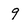
Character: 9